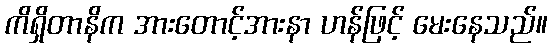
ကိရှိတာနိက အားတောင့်အားနာ ဟန်ဖြင့် မေးနေသည်။